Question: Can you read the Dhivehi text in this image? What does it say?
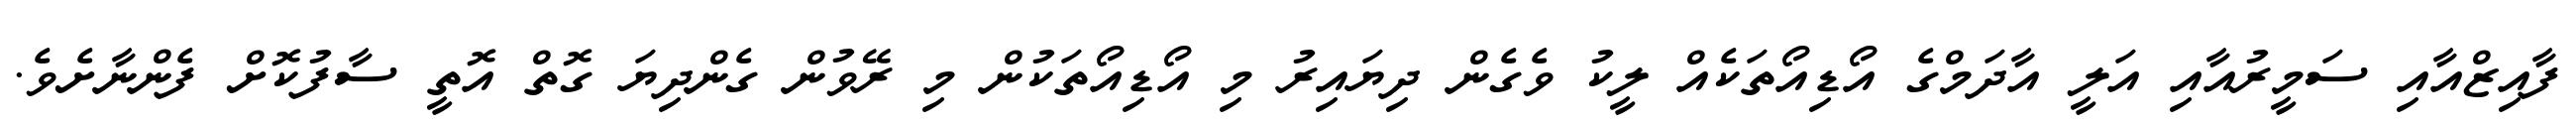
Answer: ފާއިޒްއާއި ސަމީރުއާއި އަލީ އާދަމްގެ އޯޑިއޯތަކެއް ލީކު ވެގެން ދިޔައިރު މި އޯޑިއޯތަކުން މި ރޭވުން ގެންދިޔަ ގޮތް އޮތީ ސާފުކޮށް ފެންނާށެވެ.